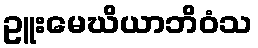
ဥူးမေဃိယာဘိဝံသ